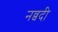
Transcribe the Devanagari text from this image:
नव्वदी